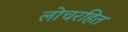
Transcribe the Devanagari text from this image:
लोचरहित